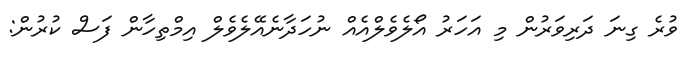
ވުރެ ގިނަ ދަރިވަރުން މި އަހަރު އޯލެވެލްއެއް ނުހަދާނެއޭލެވެލް އިމްތިހާން ފަސް ކުރުން: